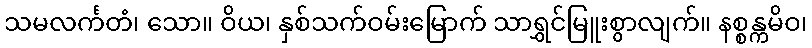
သမလင်္ကတံ၊ သော။ ဝိယ၊ နှစ်သက်ဝမ်းမြောက် သာရွှင်မြူးစွာလျက်။ နစ္စန္ကမိဝ၊